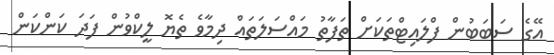
އޭގެ ސަބަބުން ފްލައިޓްތަކަށް ތަފާތު މައްސަލަތައް ދިމާވެ ތެޔޮ ލީކްވުން ފަދަ ކަންކަން